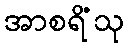
အာစရိံသု